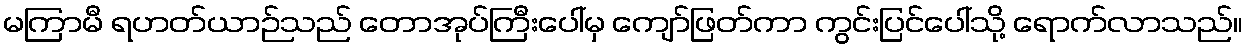
မကြာမီ ရဟတ်ယာဉ်သည် တောအုပ်ကြီးပေါ်မှ ကျော်ဖြတ်ကာ ကွင်းပြင်ပေါ်သို့ ရောက်လာသည်။